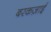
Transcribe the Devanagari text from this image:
बरकज़ाई